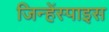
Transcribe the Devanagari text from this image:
जिन्हेंस्पाइस